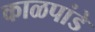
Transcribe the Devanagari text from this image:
काळपांडे